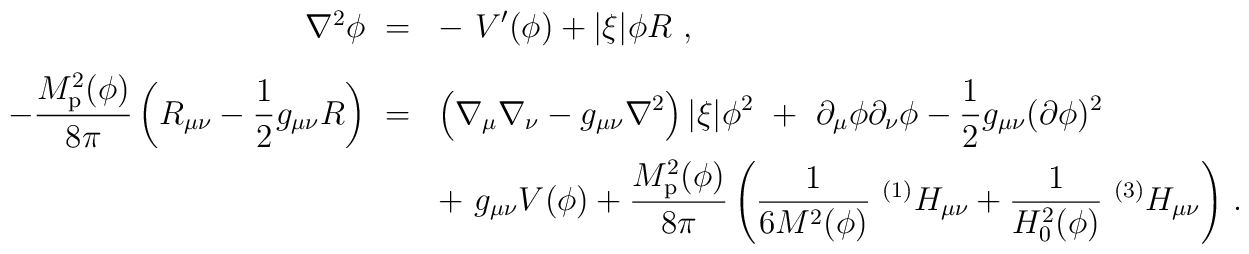
\begin{array}{rl}\nabla^2\phi\ = &{\displaystyle -\ V'(\phi) + |\xi| \phi R\ ,}\\[3mm]{\displaystyle - {M_{\rm p}^2(\phi)\over8\pi}\left(R_{\mu\nu} - {1\over2}g_{\mu\nu} R\right)\ =}&{\displaystyle \left(\nabla_\mu\nabla_\nu - g_{\mu\nu}\nabla^2\right) |\xi|\phi^2 \ + \ \partial_\mu\phi\partial_\nu\phi - {1\over2} g_{\mu\nu} (\partial\phi)^2}\\[3mm]&{\displaystyle +\ g_{\mu\nu} V(\phi) + {M_{\rm p}^2(\phi)\over8\pi}\left({1\over6M^2(\phi)}\ ^{(1)}H_{\mu\nu} +{1\over H_0^2(\phi)}\ ^{(3)}H_{\mu\nu}\right)}\ .\end{array}